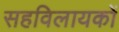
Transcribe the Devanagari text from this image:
सहविलायकों